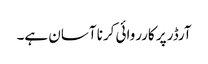
آرڈر پر کارروائی کرنا آسان ہے۔